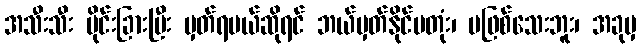
အသီးသီး ပိုင်းခြားပြီး မှတ်ရမယ်ဆိုရင် ဘယ်မှတ်နိုင်မတုံး၊ မဖြစ်သေးဘူး၊ အခုမှ